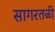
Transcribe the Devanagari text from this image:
सागरतळी